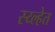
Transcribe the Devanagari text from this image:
स्य्ल्हेत